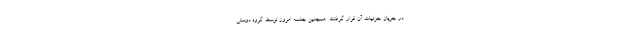
در جریان جزئیات آن قرار گرفتند. همچنین جلسه امروز توسط گروه دوستی